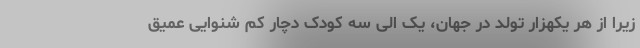
زیرا از هر یکهزار تولد در جهان، یک الی سه کودک دچار کم شنوایی عمیق